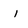
Character: i